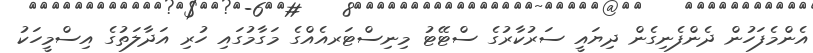
އެންމެފަހުން ދެންފެނިގެން ދިޔައީ ސަރުކާރުގެ ސްޓޭޓު މިނިސްޓަރއެއްގެ މަގާމުގައި ހުރި އަދާލަތުގެ އިސްމީހަކު